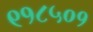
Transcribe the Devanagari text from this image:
९१८५०१